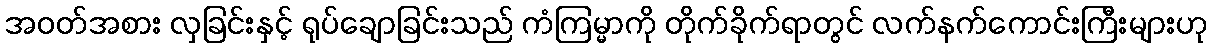
အဝတ်အစား လှခြင်းနှင့် ရုပ်ချောခြင်းသည် ကံကြမ္မာကို တိုက်ခိုက်ရာတွင် လက်နက်ကောင်းကြီးများဟု